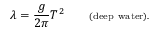
\lambda = { \frac { g } { 2 \pi } } T ^ { 2 } \qquad \scriptstyle { \mathrm { ( d e e p ~ w a t e r ) . } }